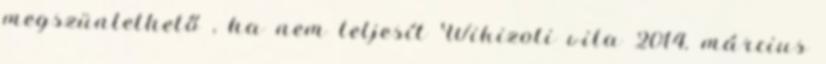
megszüntethető , ha nem teljesít Wikizoli vita 2014. március